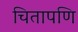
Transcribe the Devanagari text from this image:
चितापणि